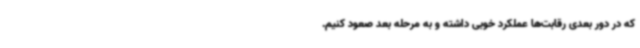
که در دور بعدی رقابت‌ها عملکرد خوبی داشته و به مرحله بعد صعود کنیم.